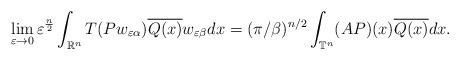
LaTeX: \begin{align*}\lim_{\varepsilon \rightarrow 0}\varepsilon^{\frac{n}{2}}\int_{\mathbb{R}^n}T(Pw_{\varepsilon\alpha})\overline{Q(x)}w_{\varepsilon \beta}dx=(\pi/\beta)^{n/2}\int_{\mathbb{T}^n}(A P)(x)\overline{Q(x)}dx.\end{align*}